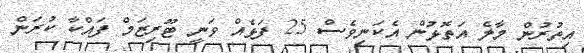
އިތުރުން މާލެ އަތޮޅުން އެކަނިވެސް 25 ފަޅެއް ވަނީ ޓޫރިޒަމް ފައްކާ ކުރަން